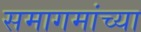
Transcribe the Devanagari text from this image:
समागमांच्या